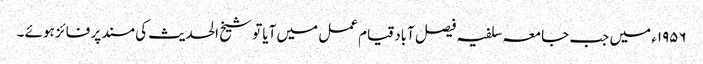
۱۹۵۶ء میں جب جامعہ سلفیہ فیصل آباد قیام عمل میں آیا تو شیخ الحدیث کی مسند پر فائز ہوئے ۔